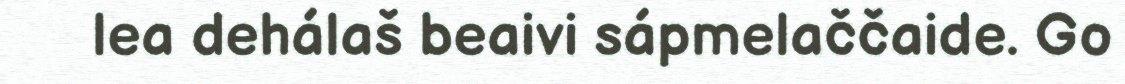
lea dehálaš beaivi sápmelaččaide. Go